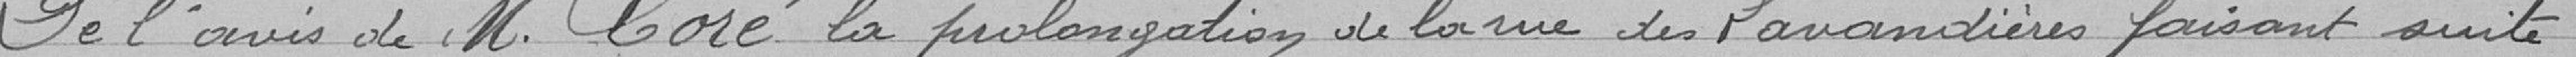
De l'avis de monsieur Coré, la prolongation de la rue des Lavandières faisant suite